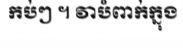
កប់ៗ ។ វាបំពាក់ក្នុង